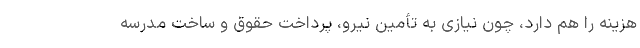
هزینه را هم دارد، چون نیازی به تأمین نیرو، پرداخت حقوق و ساخت مدرسه